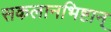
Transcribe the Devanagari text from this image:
सकलानभिष्टान्